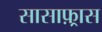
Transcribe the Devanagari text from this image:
सासाफ़्रास